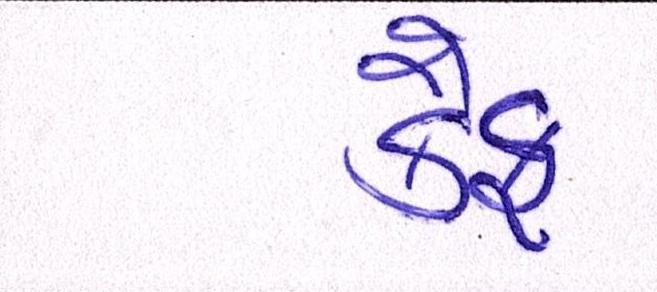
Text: કૈફ